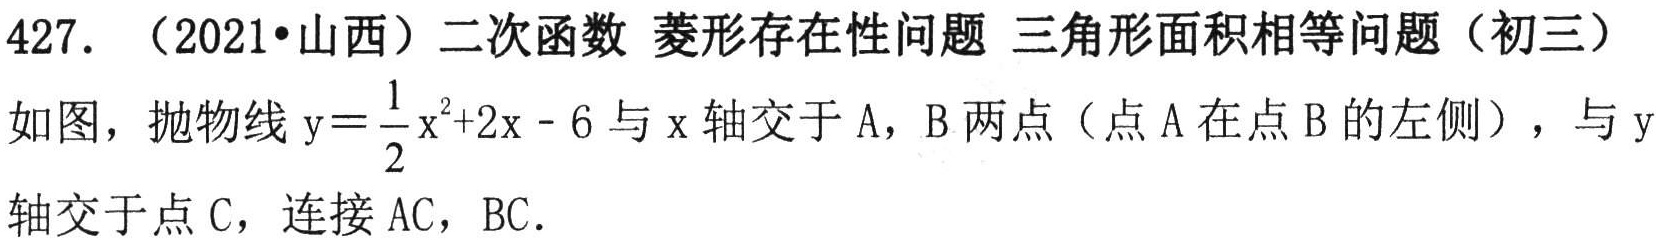
427. （2021•山西）二次函数 菱形存在性问题 三角形面积相等问题（初三）
如图，抛物线\(y = \frac{1}{2}x^{2}+2x - 6\)与\(x\)轴交于\(A\)，\(B\)两点（点\(A\)在点\(B\)的左侧），与\(y\)轴交于点\(C\)，连接\(AC\)，\(BC\)．